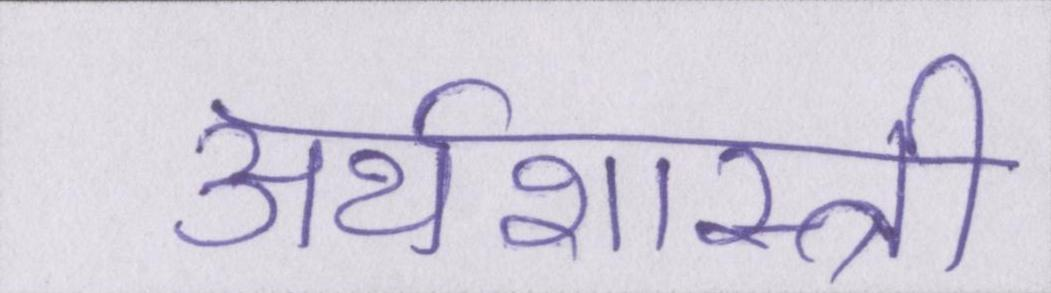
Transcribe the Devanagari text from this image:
अर्थशास्त्री